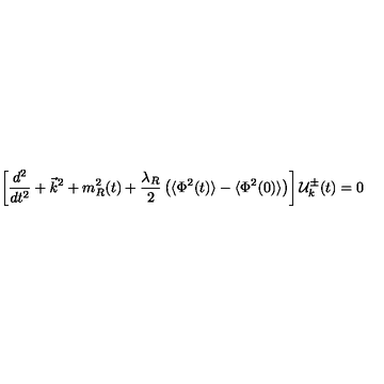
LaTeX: \left[ \frac { d ^ { 2 } } { d t ^ { 2 } } + \vec { k } ^ { 2 } + m _ { R } ^ { 2 } ( t ) + \frac { \lambda _ { R } } { 2 } \left( \langle \Phi ^ { 2 } ( t ) \rangle - \langle \Phi ^ { 2 } ( 0 ) \rangle \right) \right] { \cal { U } } _ { k } ^ { \pm } ( t ) = 0